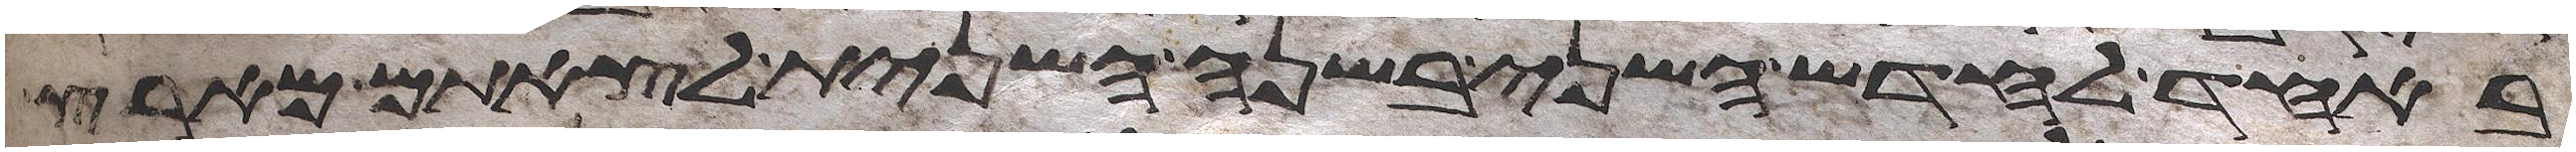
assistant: באחד לחדש השני בשנה השנית לצאתם מארץ